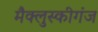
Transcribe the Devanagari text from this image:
मैक्लुस्कीगंज